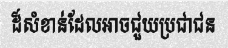
ដ៏សំខាន់ដែលអាចជួយប្រជាជន